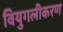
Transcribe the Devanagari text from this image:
वियुगलीकरण